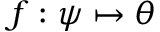
f : \psi \mapsto \theta